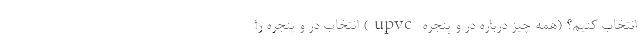
انتخاب کنیم؟ (همه چیز درباره در و پنجره upvc) انتخاب در و پنجره را